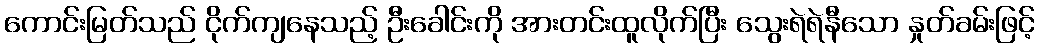
ကောင်းမြတ်သည် ငိုက်ကျနေသည့် ဦးခေါင်းကို အားတင်းထူလိုက်ပြီး သွေးရဲရဲနီသော နှုတ်ခမ်းဖြင့်